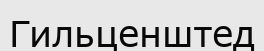
Гильценштед